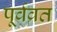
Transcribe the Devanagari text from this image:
पूर्वव्रत